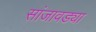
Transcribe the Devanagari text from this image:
सांजावड्या